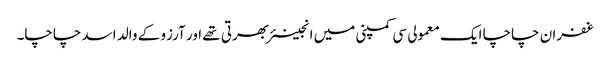
غفران چاچا ایک معمولی سی کمپنی میں انجینئر بھرتی تھے اور آرزو کے والد اسد چاچا۔